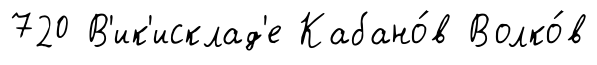
720 В'ик'исклад'е Кабано́в Волко́в